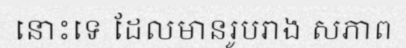
នោះទេ ដែលមានរូបរាង សភាព